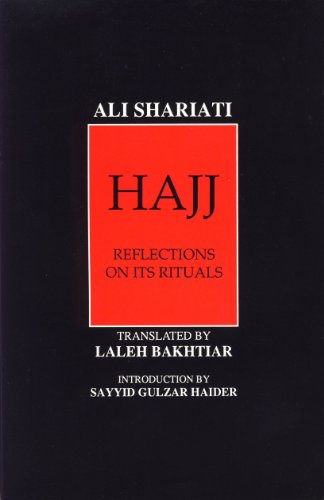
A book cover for Hajj Reflection on Its Rituals; Ali Shariati; Religion & Spirituality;